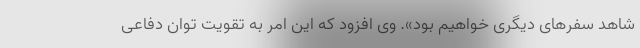
شاهد سفرهای دیگری خواهیم بود». وی افزود که این امر به تقویت توان دفاعی